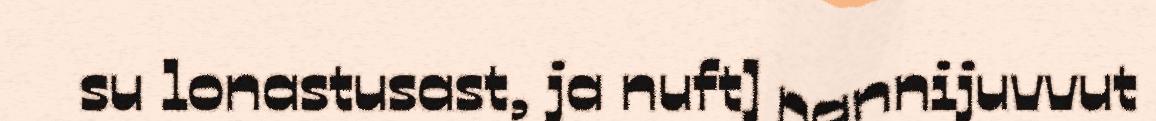
su lonastusast, ja nuft] nannijuvvut